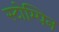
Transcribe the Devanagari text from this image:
स्टोम्पिन